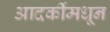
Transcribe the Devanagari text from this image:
आदर्कीमधून